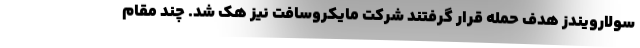
سولارویندز هدف حمله قرار گرفتند شرکت مایکروسافت نیز هک شد. چند مقام